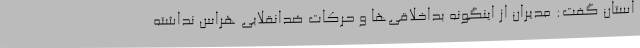
استان گفت: مدیران از اینگونه بداخلاقی‌ها و حرکات ضدانقلابی هراس نداشته